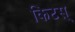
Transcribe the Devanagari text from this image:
किटस्